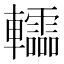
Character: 䡼